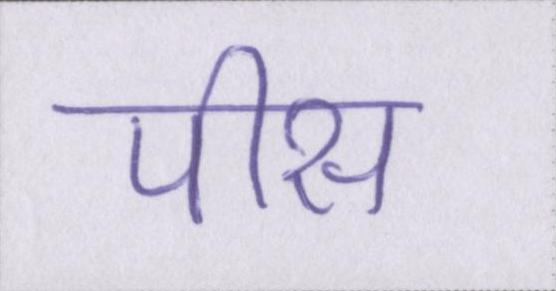
पीस